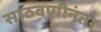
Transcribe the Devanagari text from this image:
साठवणीनंतर